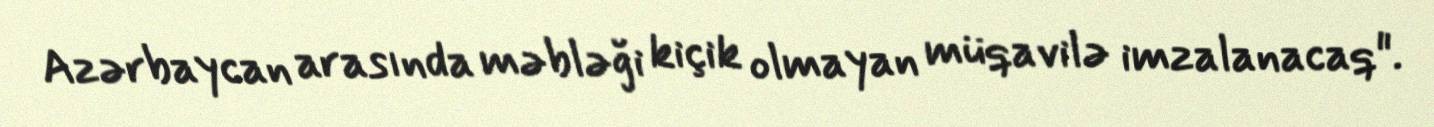
Azərbaycan arasında məbləği kiçik olmayan müqavilə imzalanacaq".